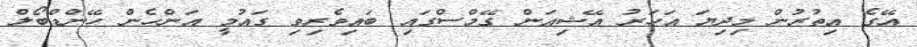
އޭގެ އިތުރުން މިދިޔަ އަހަރު އޭޝިއަން ގޭމްސްގައި ބައިވެރިވި ގައުމީ އަންހެން ހޭންޑްބޯލް